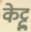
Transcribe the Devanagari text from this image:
केट्टु